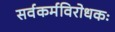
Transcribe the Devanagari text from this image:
सर्वकर्मविरोधकः